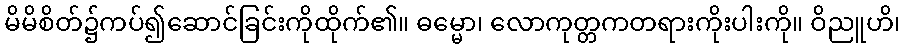
မိမိစိတ်၌ကပ်၍ဆောင်ခြင်းကိုထိုက်၏။ ဓမ္မော၊ လောကုတ္တဂာတရားကိုးပါးကို။ ဝိညူဟိ၊